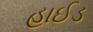
હાઈડ